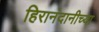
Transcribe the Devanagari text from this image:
हिरानंदानीच्या